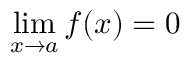
\operatorname* { l i m } _ { x \to a } f ( x ) = 0